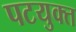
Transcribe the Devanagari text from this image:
पटयुक्त